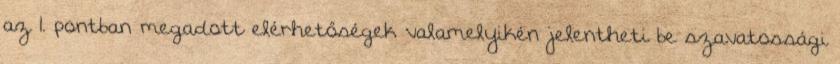
az 1. pontban megadott elérhetőségek valamelyikén jelentheti be szavatossági